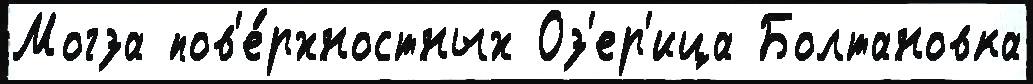
Могза пов'е́рхностных Оз'ер'ица Болтановка